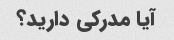
آیا مدرکی دارید؟